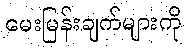
မေးမြန်းချက်များကို